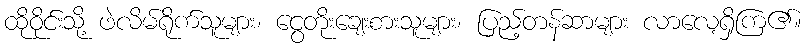
ထိုဝိုင်းသို့ ဖဲလိမ်ရိုက်သူများ၊ ငွေတိုးချေးစားသူများ၊ ပြည့်တန်ဆာများ လာလေ့ရှိကြ၏။